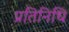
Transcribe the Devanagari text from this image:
प्रतिनिधि